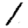
Digit: 1